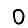
Digit: 0